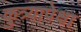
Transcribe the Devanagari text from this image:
कुत्र्यापेक्षा